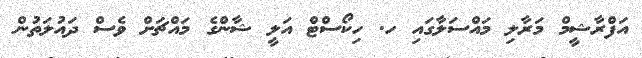
އަފްރާޝީމް މަރާލި މައްސަލާގައި ހ. ހިކޯސްޓް އަލީ ޝާންގެ މައްޗަށް ވެސް ދައުލަތުން